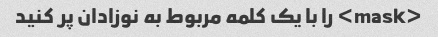
<mask> را با یک کلمه مربوط به نوزادان پر کنید